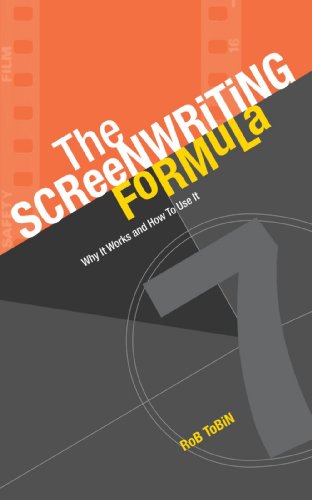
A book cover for The Screenwriting Formula: Why It Works and How To Use It; Rob Tobin; Humor & Entertainment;